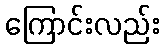
ကြောင်းလည်း